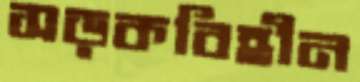
সড়কবিহীন